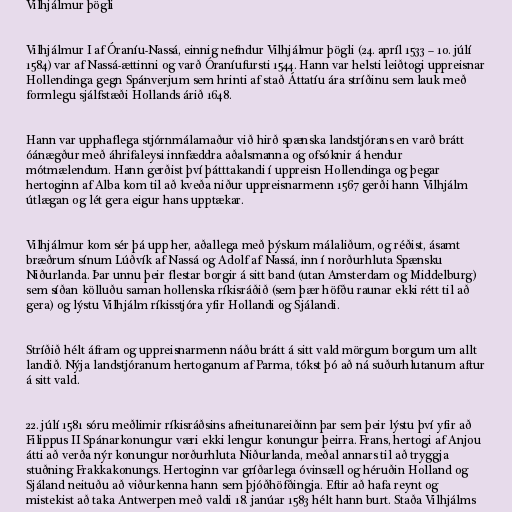
Vilhjálmur þögli

Vilhjálmur I af Óraníu-Nassá, einnig nefndur Vilhjálmur þögli (24. apríl 1533 – 10. júlí
1584) var af Nassá-ættinni og varð Óraníufursti 1544. Hann var helsti leiðtogi uppreisnar
Hollendinga gegn Spánverjum sem hrinti af stað Áttatíu ára stríðinu sem lauk með
formlegu sjálfstæði Hollands árið 1648.

Hann var upphaflega stjórnmálamaður við hirð spænska landstjórans en varð brátt
óánægður með áhrifaleysi innfæddra aðalsmanna og ofsóknir á hendur
mótmælendum. Hann gerðist því þátttakandi í uppreisn Hollendinga og þegar
hertoginn af Alba kom til að kveða niður uppreisnarmenn 1567 gerði hann Vilhjálm
útlægan og lét gera eigur hans upptækar.

Vilhjálmur kom sér þá upp her, aðallega með þýskum málaliðum, og réðist, ásamt
bræðrum sínum Lúðvík af Nassá og Adolf af Nassá, inn í norðurhluta Spænsku
Niðurlanda. Þar unnu þeir flestar borgir á sitt band (utan Amsterdam og Middelburg)
sem síðan kölluðu saman hollenska ríkisráðið (sem þær höfðu raunar ekki rétt til að
gera) og lýstu Vilhjálm ríkisstjóra yfir Hollandi og Sjálandi.

Stríðið hélt áfram og uppreisnarmenn náðu brátt á sitt vald mörgum borgum um allt
landið. Nýja landstjóranum hertoganum af Parma, tókst þó að ná suðurhlutanum aftur
á sitt vald.

22. júlí 1581 sóru meðlimir ríkisráðsins afneitunareiðinn þar sem þeir lýstu því yfir að
Filippus II Spánarkonungur væri ekki lengur konungur þeirra. Frans, hertogi af Anjou
átti að verða nýr konungur norðurhluta Niðurlanda, meðal annars til að tryggja
stuðning Frakkakonungs. Hertoginn var gríðarlega óvinsæll og héruðin Holland og
Sjáland neituðu að viðurkenna hann sem þjóðhöfðingja. Eftir að hafa reynt og
mistekist að taka Antwerpen með valdi 18. janúar 1583 hélt hann burt. Staða Vilhjálms